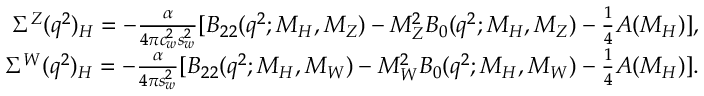
\begin{array} { r } { \Sigma ^ { Z } ( q ^ { 2 } ) _ { H } = - \frac { \alpha } { 4 \pi c _ { w } ^ { 2 } s _ { w } ^ { 2 } } [ B _ { 2 2 } ( q ^ { 2 } ; M _ { H } , M _ { Z } ) - M _ { Z } ^ { 2 } B _ { 0 } ( q ^ { 2 } ; M _ { H } , M _ { Z } ) - \frac { 1 } { 4 } A ( M _ { H } ) ] , } \\ { \Sigma ^ { W } ( q ^ { 2 } ) _ { H } = - \frac { \alpha } { 4 \pi s _ { w } ^ { 2 } } [ B _ { 2 2 } ( q ^ { 2 } ; M _ { H } , M _ { W } ) - M _ { W } ^ { 2 } B _ { 0 } ( q ^ { 2 } ; M _ { H } , M _ { W } ) - \frac { 1 } { 4 } A ( M _ { H } ) ] . } \end{array}